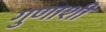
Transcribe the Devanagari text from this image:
गुणाशी